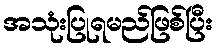
အသုံးပြုရမည်ဖြစ်ပြီး